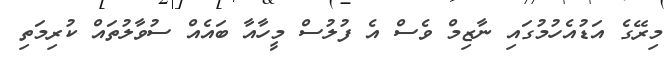
މިރޭގެ އަޑުއެހުމުގައި ނާޒިމް ވެސް އެ ފުލުސް މީހާއާ ބައެއް ސުވާލުތައް ކުރިމަތި